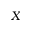
X